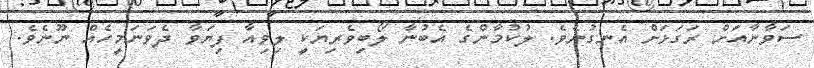
ސަވާނާއަށް ރަގަޅަށް އެނގުނެވެ. ލުކުމާންގެ އެބުނާ ލޯބިވެރިޔަކީ ލިވިއާ ފިޔަވާ ދެވަނަމީހެއް ނޫނެވެ.